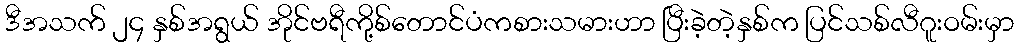
ဒီအသက် ၂၄ နှစ်အရွယ် အိုင်ဗရီကို့စ်တောင်ပံကစားသမားဟာ ပြီးခဲ့တဲ့နှစ်က ပြင်သစ်လီဂူးဝမ်းမှာ